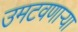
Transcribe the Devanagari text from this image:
उमटवणाऱ्या